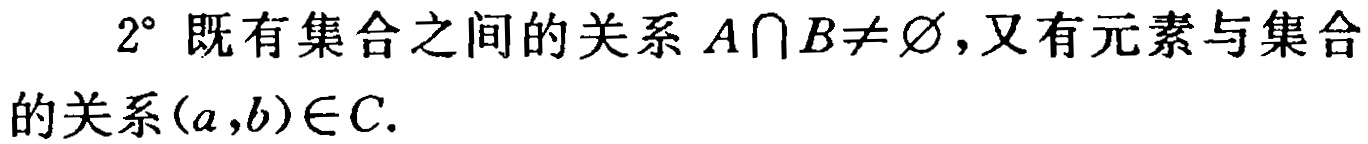
$2^{\circ}$ 既有集合之间的关系 $A\cap B\neq \varnothing$，又有元素与集合的关系$(a,b)\in C.$